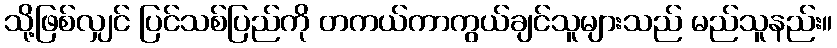
သို့ဖြစ်လျှင် ပြင်သစ်ပြည်ကို တကယ်ကာကွယ်ချင်သူများသည် မည်သူနည်း။